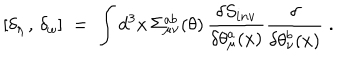
[ \delta _ { \eta } \, , \, \delta _ { \omega } ] \; = \; \int d ^ { 3 } x \, \Sigma _ { \mu \nu } ^ { a b } ( \theta ) \, \frac { \delta S _ { i n v } } { \delta \theta _ { \mu } ^ { a } ( x ) } \frac { \delta } { \delta \theta _ { \nu } ^ { b } ( x ) } \; .